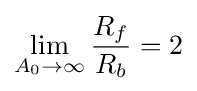
\lim _{A_{0}\rightarrow \infty }{\frac {R_{f}}{R_{b}}}=2